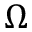
\Omega